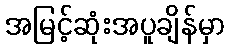
အမြင့်ဆုံးအပူချိန်မှာ